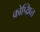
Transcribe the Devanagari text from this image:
कोप्य्रिघ्त